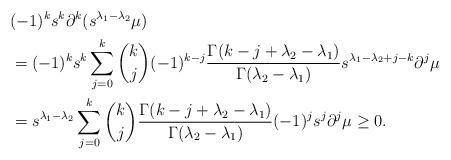
LaTeX: \begin{align*} &(-1)^ks^k\partial^k(s^{\lambda_1-\lambda_2}\mu)\\ &=(-1)^ks^k\sum_{j=0}^k\binom{k}{j}(-1)^{k-j}\frac{\Gamma(k-j+\lambda_2-\lambda_1)}{\Gamma(\lambda_2-\lambda_1)}s^{\lambda_1-\lambda_2+j-k}\partial^j\mu\\ &=s^{\lambda_1-\lambda_2}\sum_{j=0}^k\binom{k}{j}\frac{\Gamma(k-j+\lambda_2-\lambda_1)}{\Gamma(\lambda_2-\lambda_1)}(-1)^js^{j}\partial^j\mu\geq 0.\end{align*}